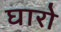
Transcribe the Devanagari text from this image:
घारो